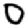
Digit: 0